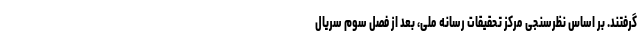
گرفتند. بر اساس نظرسنجی مرکز تحقیقات رسانه ملی، بعد از فصل سوم سریال